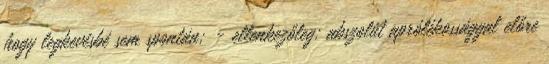
hogy legkevésbé sem spontán; - ellenkezőleg: abszolút aprólékossággal előre